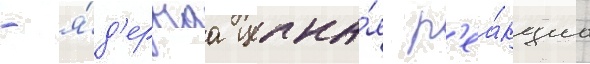
- я́д'ернаа цепна́я р'еа́кциа